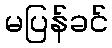
မပြန်ခင်